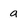
Character: a